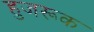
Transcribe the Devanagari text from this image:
हुजरूक